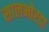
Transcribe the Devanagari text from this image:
सालभोरडा